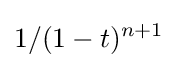
1/(1-t)^{n+1}